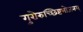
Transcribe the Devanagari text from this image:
गुरोरुच्छिष्टभोजनम्